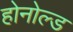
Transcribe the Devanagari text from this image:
होनोल्ड